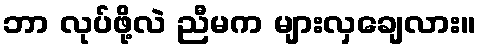
ဘာ လုပ်ဖို့လဲ ညီမက များလှချေလား။